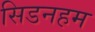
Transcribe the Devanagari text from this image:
सिडनहम